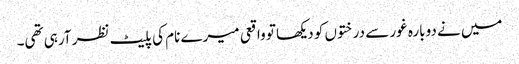
میں نے دوبارہ غور سے درختوں کو دیکھا تو واقعی میرے نام کی پلیٹ نظر آرہی تھی۔